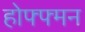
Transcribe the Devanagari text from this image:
होफ्फ्मन